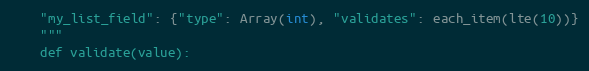
Language: Python
    "my_list_field": {"type": Array(int), "validates": each_item(lte(10))}
    """
    def validate(value):